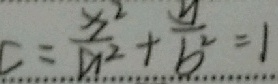
C = \frac { x ^ { 2 } } { a ^ { 2 } } + \frac { y } { b ^ { 2 } } = 1